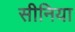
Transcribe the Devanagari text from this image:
सीनिया